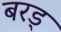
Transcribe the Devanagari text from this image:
बरड्